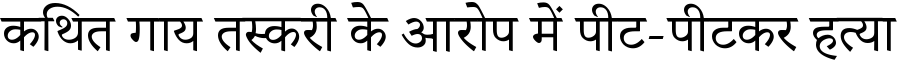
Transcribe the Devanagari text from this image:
कथित गाय तस्करी के आरोप में पीट-पीटकर हत्या